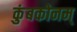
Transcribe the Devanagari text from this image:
कुंबकोनम्